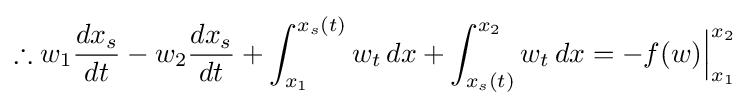
\therefore w_{1}{\frac {dx_{s}}{dt}}-w_{2}{\frac {dx_{s}}{dt}}+\int _{x_{1}}^{x_{s}(t)}w_{t}\,dx+\int _{x_{s}(t)}^{x_{2}}w_{t}\,dx=-f(w){\Big |}_{x_{1}}^{x_{2}}